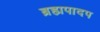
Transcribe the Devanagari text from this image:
ब्रह्मपादप